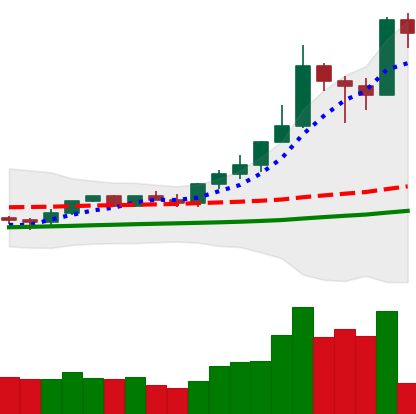
Ticker: XMR-USD
Chart end date: 2021-02-18
Forward return: -16.27%
Label: down_7plus